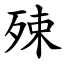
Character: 殐